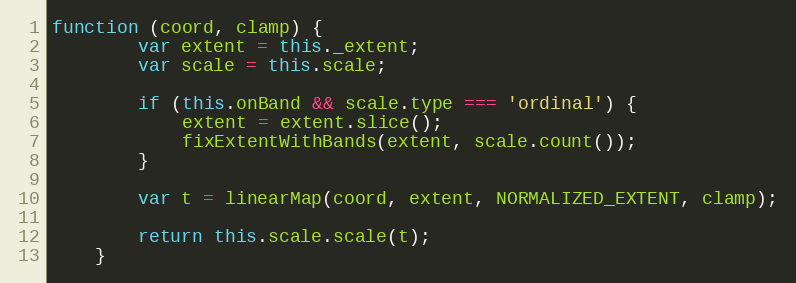
Language: JavaScript
function (coord, clamp) {
        var extent = this._extent;
        var scale = this.scale;

        if (this.onBand && scale.type === 'ordinal') {
            extent = extent.slice();
            fixExtentWithBands(extent, scale.count());
        }

        var t = linearMap(coord, extent, NORMALIZED_EXTENT, clamp);

        return this.scale.scale(t);
    }